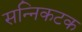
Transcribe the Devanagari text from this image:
सन्निकटक